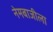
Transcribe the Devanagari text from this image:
नेमबाजीला